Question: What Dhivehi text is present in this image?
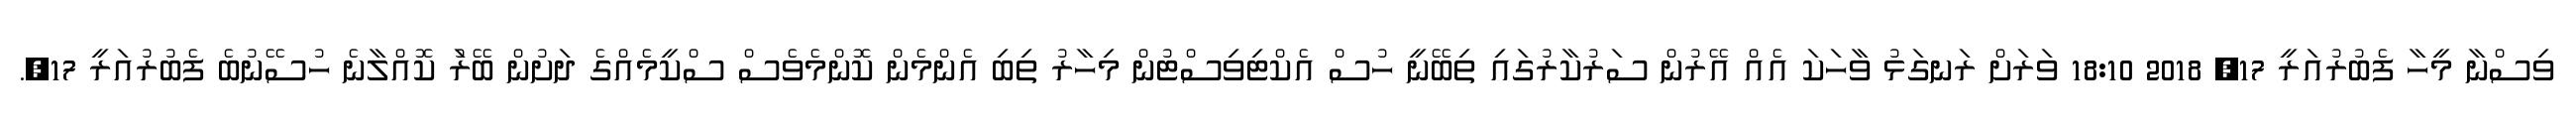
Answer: ވިސްނާ މީހާ ފެބުރުއަރީ 17, 2018 18:10 ވަރަށް ރަނގަޅު ވާހަކަ އެއް އޭރުން ސަރުކާރުގައި ތިބޭނީ ހުސް އެކްޓިވިސްޓުން މިހާރު ތިބި އެންމެން ކޮންމެވެސް ސްކީމެއްގެ ދަށުން ބޭރުަ ކޮއްލާނެ ހުސޭނުބެ ފެބުރުއަރީ 17,.